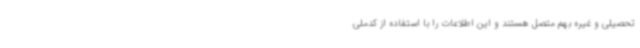
تحصیلی و غیره بهم متصل هستند و این اطلاعات را با استفاده از کدملی